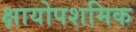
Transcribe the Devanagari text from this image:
क्षायोपशमिक